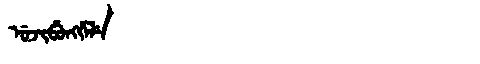
Manchu: ᡠᠵᡳᠪᡠᠩᡤᡝᠯᡝ
Romanization: UJIBUNGGELE